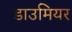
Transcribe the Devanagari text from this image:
डाउमियर